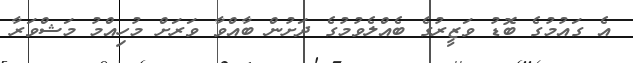
އެ ގައުމުގެ ބޮޑު ވަޒީރުގެ ބެއްލެވުމުގެ ދަށުން ބާއްވާ ވަރަށް މުހިއްމު މަޝްވަރާ